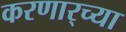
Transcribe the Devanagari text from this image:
करणार्‍च्या